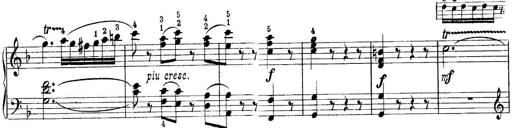
Title: Quatres sonatines
Composer: Tadeusz Joteyko